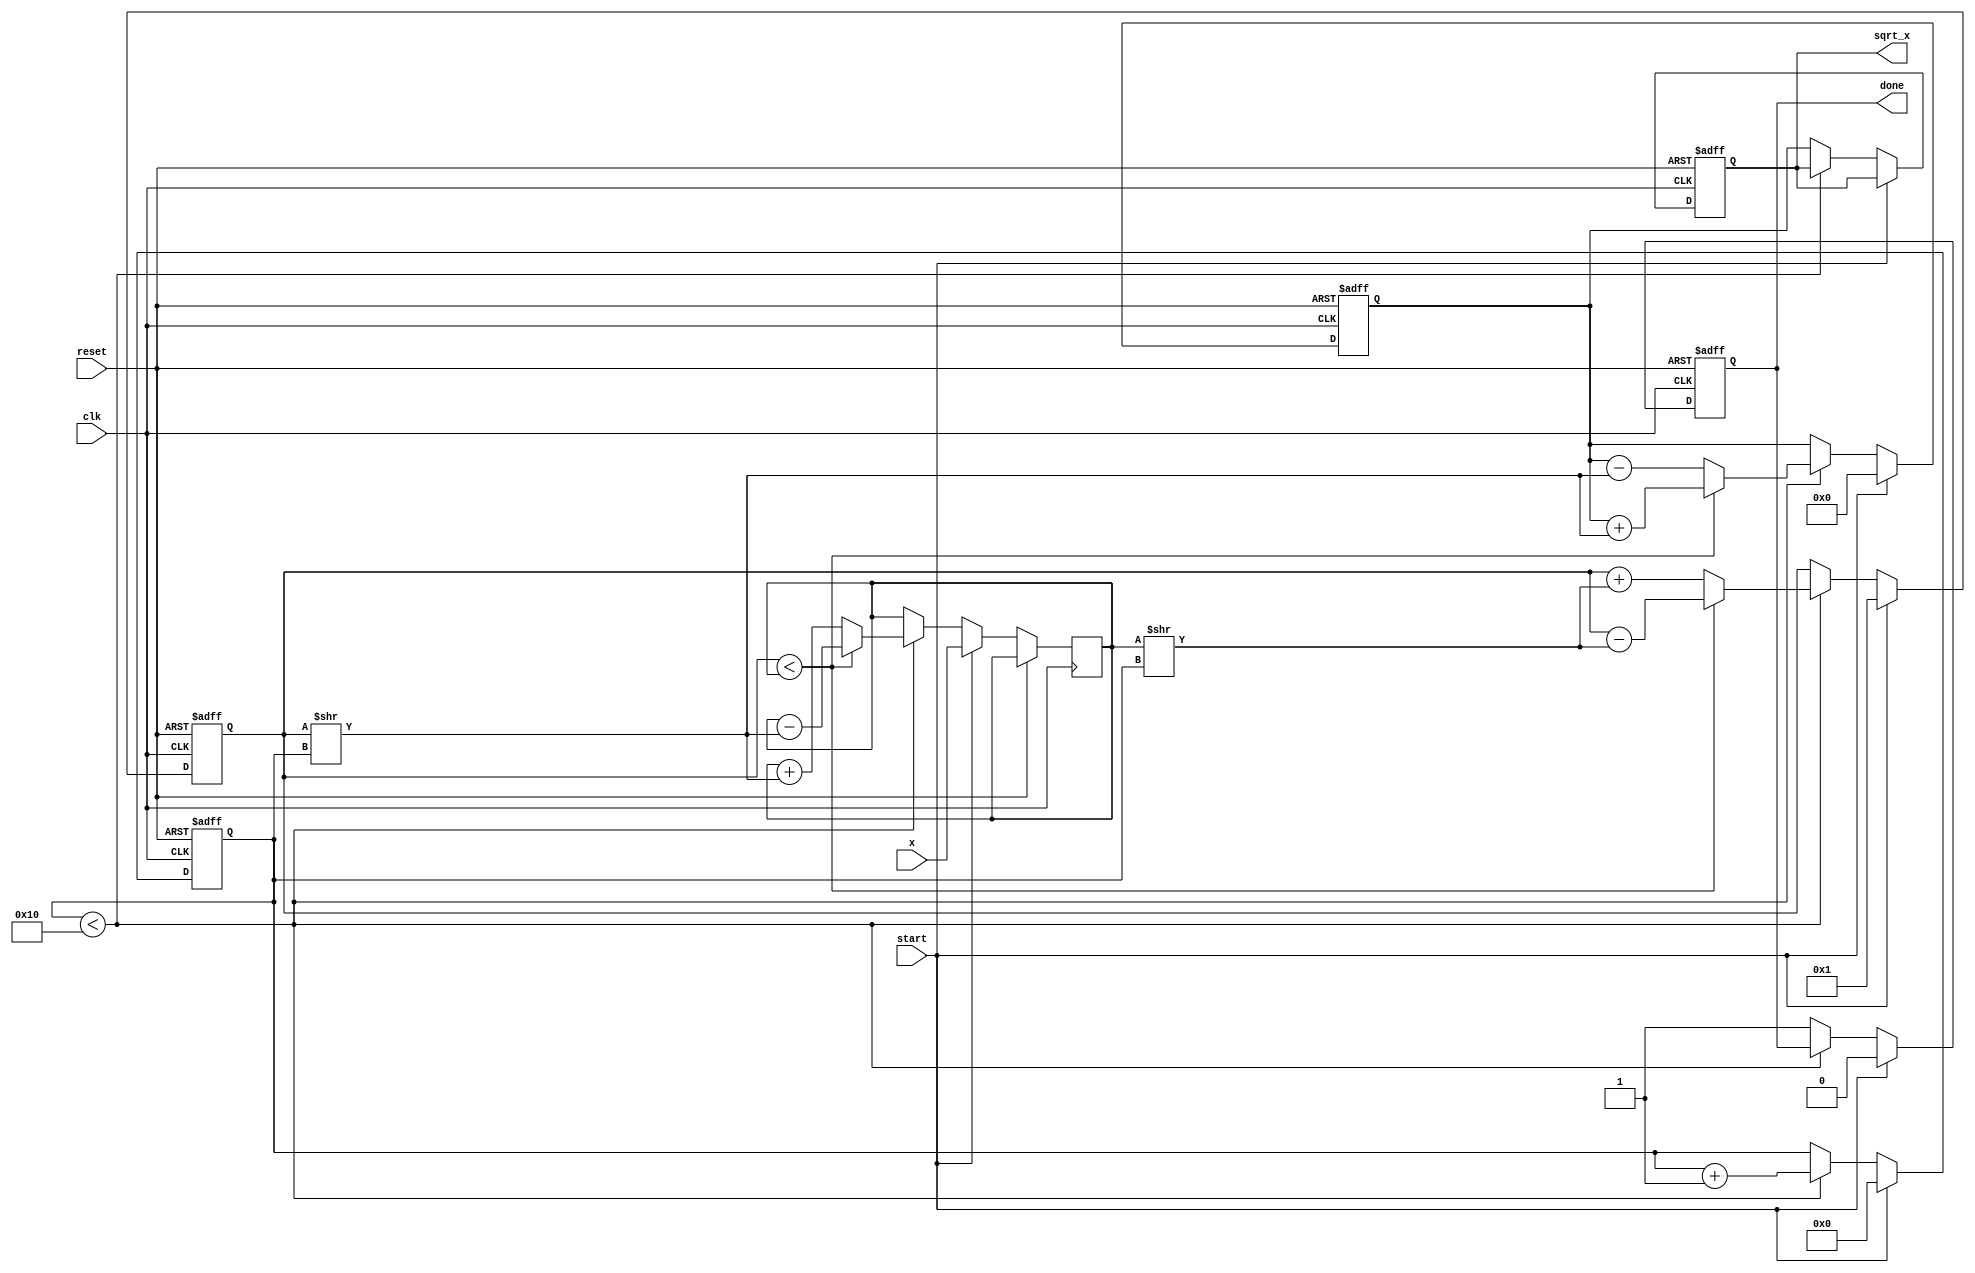
module cordic_sqrt (
    input wire clk,
    input wire reset,
    input wire start,
    input wire [15:0] x, // Input number (non-negative)
    output reg [15:0] sqrt_x, // Output square root
    output reg done // Done signal
);

    // CORDIC parameters
    parameter ITERATIONS = 16; // Number of iterations
    reg [15:0] Z; // Initial value of x
    reg [15:0] Y; // Intermediate result
    reg [15:0] X; // Result approximation
    reg [4:0] iteration; // Iteration counter
    reg [15:0] angle_table [0:ITERATIONS-1]; // Pre-computed arctangent values
    reg [15:0] d; // Direction of rotation (1 or -1)
    
    initial begin
        // Pre-compute arctangent values for CORDIC
        angle_table[0] = 16'h1C71; // atan(2^-0)
        angle_table[1] = 16'h0FB6; // atan(2^-1)
        angle_table[2] = 16'h05C6; // atan(2^-2)
        angle_table[3] = 16'h028F; // atan(2^-3)
        angle_table[4] = 16'h0143; // atan(2^-4)
        angle_table[5] = 16'h00A0; // atan(2^-5)
        angle_table[6] = 16'h0051; // atan(2^-6)
        angle_table[7] = 16'h0028; // atan(2^-7)
        angle_table[8] = 16'h0014; // atan(2^-8)
        angle_table[9] = 16'h000A; // atan(2^-9)
        angle_table[10] = 16'h0005; // atan(2^-10)
        angle_table[11] = 16'h0002; // atan(2^-11)
        angle_table[12] = 16'h0001; // atan(2^-12)
        angle_table[13] = 16'h0001; // atan(2^-13)
        angle_table[14] = 16'h0000; // atan(2^-14)
        angle_table[15] = 16'h0000; // atan(2^-15)
    end

    always @(posedge clk or posedge reset) begin
        if (reset) begin
            sqrt_x <= 16'b0;
            done <= 1'b0;
            iteration <= 5'b0;
            X <= 16'b0;
            Y <= 16'b0;
        end else if (start) begin
            // Initialize variables
            Z <= x;
            Y <= 16'h1; // Initial value for Y
            X <= 16'h0; // Initial value for X
            iteration <= 5'b0;
            done <= 1'b0;
        end else if (iteration < ITERATIONS) begin
            // CORDIC rotation logic
            if (Y < Z) begin
                d <= 1; // Rotate clockwise
                X <= X + (Y >> iteration); // X_new = X_old + Y_old * 2^(-i)
                Y <= Y - (Z >> iteration); // Y_new = Y_old - Z_old * 2^(-i)
                Z <= Z - (Y >> iteration); // Adjust Z
            end else begin
                d <= -1; // Rotate counter-clockwise
                X <= X - (Y >> iteration); // X_new = X_old - Y_old * 2^(-i)
                Y <= Y + (Z >> iteration); // Y_new = Y_old + Z_old * 2^(-i)
                Z <= Z + (Y >> iteration); // Adjust Z
            end
            iteration <= iteration + 1;
        end else begin
            // Operation complete
            sqrt_x <= X; // Store result
            done <= 1'b1; // Indicate completion
        end
    end
endmodule